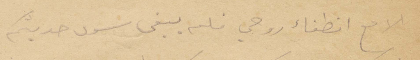
الا مع انطفاء روحي فلم يبقى سوى حديثكم